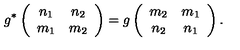
g ^ { * } \left( \begin{array} { c c } { n _ { 1 } } & { n _ { 2 } } \\ { m _ { 1 } } & { m _ { 2 } } \\ \end{array} \right) = g \left( \begin{array} { c c } { m _ { 2 } } & { m _ { 1 } } \\ { n _ { 2 } } & { n _ { 1 } } \\ \end{array} \right) .